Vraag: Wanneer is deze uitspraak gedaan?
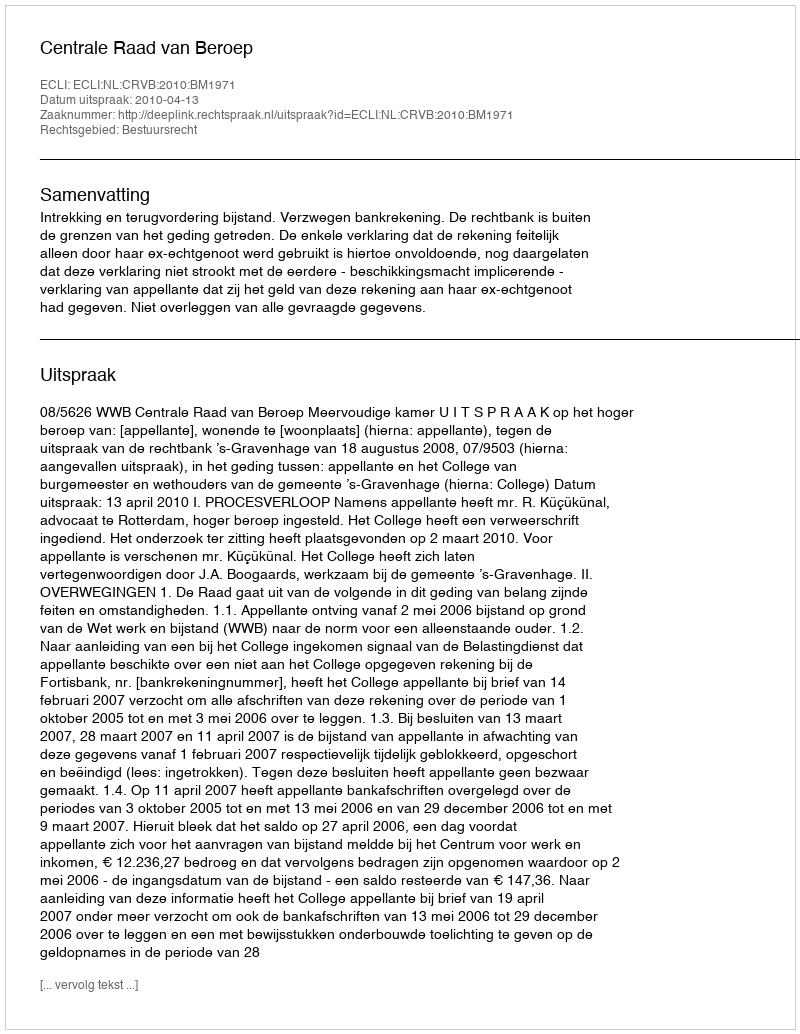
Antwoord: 2010-04-13